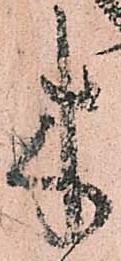
木